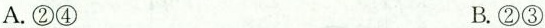
A.②④ B.②③